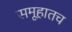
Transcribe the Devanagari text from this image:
समूहातच